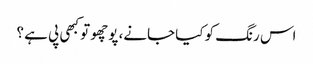
اس رنگ کو کیا جانے، پوچھو تو کبھی پی ہے ؟